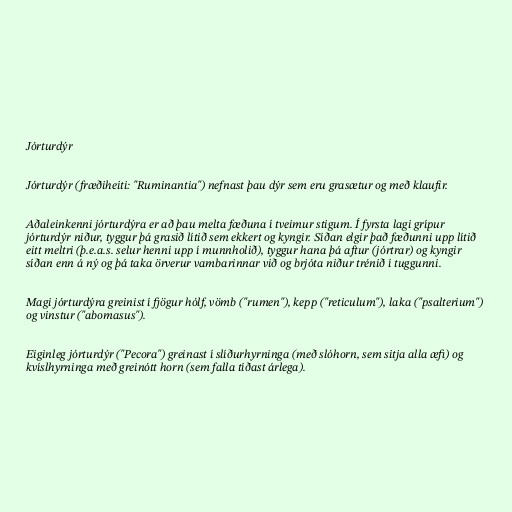
Jórturdýr

Jórturdýr (fræðiheiti: "Ruminantia") nefnast þau dýr sem eru grasætur og með klaufir.

Aðaleinkenni jórturdýra er að þau melta fæðuna í tveimur stigum. Í fyrsta lagi grípur
jórturdýr niður, tyggur þá grasið lítið sem ekkert og kyngir. Síðan elgir það fæðunni upp lítið
eitt meltri (þ.e.a.s. selur henni upp í munnholið), tyggur hana þá aftur (jórtrar) og kyngir
síðan enn á ný og þá taka örverur vambarinnar við og brjóta niður trénið í tuggunni.

Magi jórturdýra greinist í fjögur hólf, vömb ("rumen"), kepp ("reticulum"), laka ("psalterium")
og vinstur ("abomasus").

Eiginleg jórturdýr ("Pecora") greinast í slíðurhyrninga (með slóhorn, sem sitja alla æfi) og
kvíslhyrninga með greinótt horn (sem falla tíðast árlega).